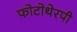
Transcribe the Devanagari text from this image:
फोटोथेरपी